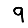
Digit: 9